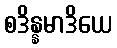
စဒိန္နမာဒိယေ